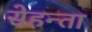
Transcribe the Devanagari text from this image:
सेहन्‍ता